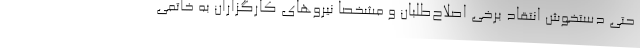
حتی دستخوش انتقاد برخی اصلاح‌طلبان و مشخصا نیروهای کارگزاران به خاتمی